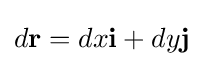
d\mathbf {r} =dx\mathbf {i} +dy\mathbf {j}